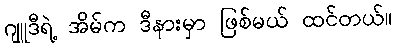
ဂျူဒီရဲ့ အိမ်က ဒီနားမှာ ဖြစ်မယ် ထင်တယ်။